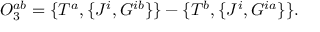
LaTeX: { \cal O } _ { 3 } ^ { a b } = \{ T ^ { a } , \{ J ^ { i } , G ^ { i b } \} \} - \{ T ^ { b } , \{ J ^ { i } , G ^ { i a } \} \} .